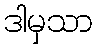
ဒါမှသာ